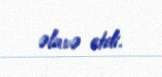
əlavə etdi.